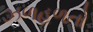
ઝળહળતો